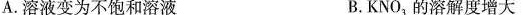
A.溶液变为不饱和溶液 B.KNO_{3}的溶解度增大